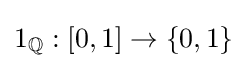
1_{\mathbb {Q} }:[0,1]\to \{0,1\}